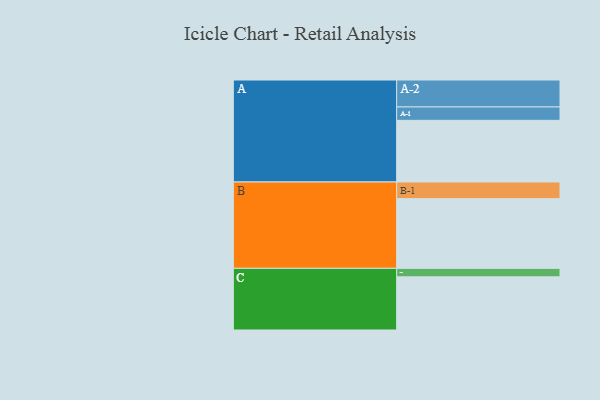
{"axis": {"x": "Segment", "y": "Value"}, "legend": ["", "A", "B", "C"], "data": [{"x": "A", "y": 414, "type": ""}, {"x": "B", "y": 468, "type": ""}, {"x": "C", "y": 357, "type": ""}, {"x": "A-1", "y": 90, "type": "A"}, {"x": "A-2", "y": 181, "type": "A"}, {"x": "B-1", "y": 112, "type": "B"}, {"x": "C-1", "y": 57, "type": "C"}]}